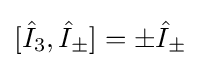
[{\hat {I}}_{3},{\hat {I}}_{\pm }]=\pm {\hat {I}}_{\pm }